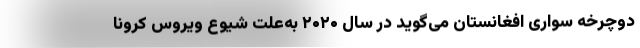
دوچرخه سواری افغانستان می‌گوید در سال ۲۰۲۰ به‌علت شیوع ویروس کرونا